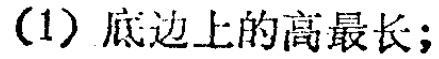
(1) 底边上的高最长;